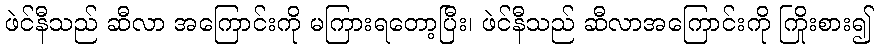
ဖဲင်နီသည် ဆီလာ အကြောင်းကို မကြားရတော့ပြီး၊ ဖဲင်နီသည် ဆီလာအကြောင်းကို ကြိုးစား၍